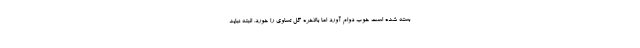
بسته شده است خوب دوام آورد اما بالاخره گل تساوی را خورد. البته نباید